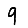
Digit: 9